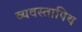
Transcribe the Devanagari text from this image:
व्यवस्तापिथ